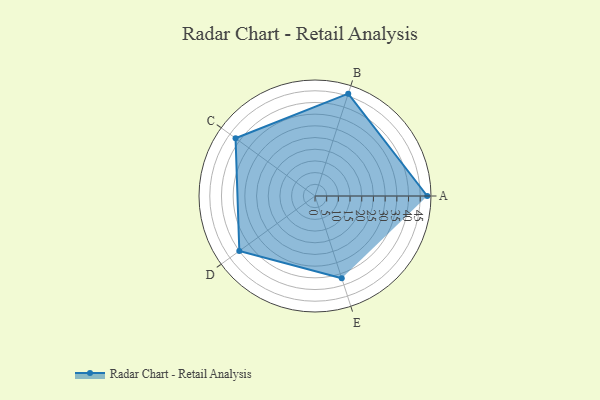
{"axis": {"x": "Skill", "y": "Score"}, "legend": ["Profile"], "data": [{"x": "A", "y": 48.0, "type": "Profile"}, {"x": "B", "y": 46.0, "type": "Profile"}, {"x": "C", "y": 42.0, "type": "Profile"}, {"x": "D", "y": 40.0, "type": "Profile"}, {"x": "E", "y": 37.0, "type": "Profile"}]}